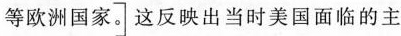
等欧洲国家。]这反映出当时美国面临的主